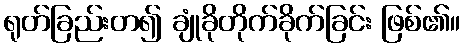
ရုတ်ခြည်းတ၍ ချုံခိုတိုက်ခိုက်ခြင်း ဖြစ်၏။